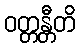
ဝတ္တန္တီတိ